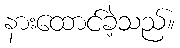
နားထောင်ခဲ့သည်။